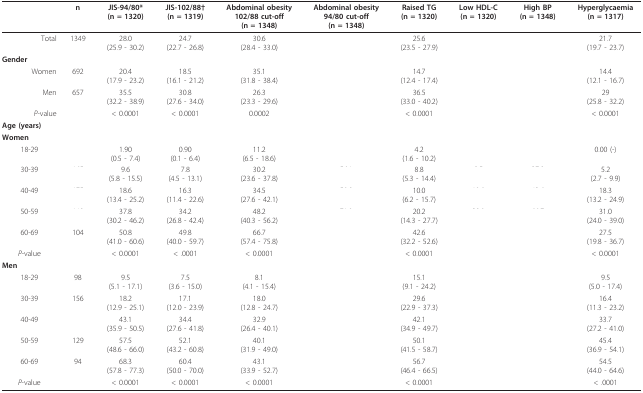
<table><thead><tr><td>[EMPTY_CELL]</td><td><b>n</b></td><td><b>JIS-94/80*(n = 1320)</b></td><td><b>JIS-102/88†(n = 1319)</b></td><td><b>Abdominal obesity 102/88 cut-off(n = 1348)</b></td><td><b>Abdominal obesity94/80 cut-off(n = 1348)</b></td><td><b>Raised TG(n = 1320)</b></td><td><b>Low HDL-C(n = 1320)</b></td><td><b>High BP(n = 1348)</b></td><td><b>Hyperglycaemia(n = 1317)</b></td></tr></thead><tbody><tr><td>Total</td><td>1349</td><td>28.0(25.9 - 30.2)</td><td>24.7(22.7 - 26.8)</td><td>30.6(28.4 - 33.0)</td><td>[EMPTY_CELL]</td><td>25.6(23.5 - 27.9)</td><td>[EMPTY_CELL]</td><td>[EMPTY_CELL]</td><td>21.7(19.7 - 23.7)</td></tr><tr><td><b>Gender</b></td><td>[EMPTY_CELL]</td><td>[EMPTY_CELL]</td><td>[EMPTY_CELL]</td><td>[EMPTY_CELL]</td><td>[EMPTY_CELL]</td><td>[EMPTY_CELL]</td><td>[EMPTY_CELL]</td><td>[EMPTY_CELL]</td><td>[EMPTY_CELL]</td></tr><tr><td>Women</td><td>692</td><td>20.4(17.9 - 23.2)</td><td>18.5(16.1 - 21.2)</td><td>35.1(31.8 - 38.4)</td><td>[EMPTY_CELL]</td><td>14.7(12.4 - 17.4)</td><td>[EMPTY_CELL]</td><td>[EMPTY_CELL]</td><td>14.4(12.1 - 16.7)</td></tr><tr><td>Men</td><td>657</td><td>35.5(32.2 - 38.9)</td><td>30.8(27.6 - 34.0)</td><td>26.3(23.3 - 29.6)</td><td>[EMPTY_CELL]</td><td>36.5(33.0 - 40.2)</td><td>[EMPTY_CELL]</td><td>[EMPTY_CELL]</td><td>29(25.8 - 32.2)</td></tr><tr><td><i>P</i>-value</td><td>[EMPTY_CELL]</td><td>&lt; 0.0001</td><td>&lt; 0.0001</td><td>0.0002</td><td>[EMPTY_CELL]</td><td>&lt; 0.0001</td><td>[EMPTY_CELL]</td><td>[EMPTY_CELL]</td><td>&lt; 0.0001</td></tr><tr><td><b>Age (years)</b></td><td>[EMPTY_CELL]</td><td>[EMPTY_CELL]</td><td>[EMPTY_CELL]</td><td>[EMPTY_CELL]</td><td>[EMPTY_CELL]</td><td>[EMPTY_CELL]</td><td>[EMPTY_CELL]</td><td>[EMPTY_CELL]</td><td>[EMPTY_CELL]</td></tr><tr><td><b>Women</b></td><td>[EMPTY_CELL]</td><td>[EMPTY_CELL]</td><td>[EMPTY_CELL]</td><td>[EMPTY_CELL]</td><td>[EMPTY_CELL]</td><td>[EMPTY_CELL]</td><td>[EMPTY_CELL]</td><td>[EMPTY_CELL]</td><td>[EMPTY_CELL]</td></tr><tr><td>18-29</td><td>[EMPTY_CELL]</td><td>1.90(0.5 - 7.4)</td><td>0.90(0.1 - 6.4)</td><td>11.2(6.5 - 18.6)</td><td>[EMPTY_CELL]</td><td>4.2(1.6 - 10.2)</td><td>[EMPTY_CELL]</td><td>[EMPTY_CELL]</td><td>0.00 (-)</td></tr><tr><td>30-39</td><td>[EMPTY_CELL]</td><td>9.6(5.8 - 15.5)</td><td>7.8(4.5 - 13.1)</td><td>30.2(23.6 - 37.8)</td><td>[EMPTY_CELL]</td><td>8.8(5.3 - 14.4)</td><td>[EMPTY_CELL]</td><td>[EMPTY_CELL]</td><td>5.2(2.7 - 9.9)</td></tr><tr><td>40-49</td><td>[EMPTY_CELL]</td><td>18.6(13.4 - 25.2)</td><td>16.3(11.4 - 22.6)</td><td>34.5(27.6 - 42.1)</td><td>[EMPTY_CELL]</td><td>10.0(6.2 - 15.7)</td><td>[EMPTY_CELL]</td><td>[EMPTY_CELL]</td><td>18.3(13.2 - 24.9)</td></tr><tr><td>50-59</td><td>[EMPTY_CELL]</td><td>37.8(30.2 - 46.2)</td><td>34.2(26.8 - 42.4)</td><td>48.2(40.3 - 56.2)</td><td>[EMPTY_CELL]</td><td>20.2(14.3 - 27.7)</td><td>[EMPTY_CELL]</td><td>[EMPTY_CELL]</td><td>31.0(24.0 - 39.0)</td></tr><tr><td>60-69</td><td>104</td><td>50.8(41.0 - 60.6)</td><td>49.8(40.0 - 59.7)</td><td>66.7(57.4 - 75.8)</td><td>[EMPTY_CELL]</td><td>42.6(32.2 - 52.6)</td><td>[EMPTY_CELL]</td><td>[EMPTY_CELL]</td><td>27.5(19.8 - 36.7)</td></tr><tr><td><i>P</i>-value</td><td>[EMPTY_CELL]</td><td>&lt; 0.0001</td><td>&lt; .0001</td><td>&lt; 0.0001</td><td>[EMPTY_CELL]</td><td>&lt; 0.0001</td><td>[EMPTY_CELL]</td><td>[EMPTY_CELL]</td><td>&lt; 0.0001</td></tr><tr><td><b>Men</b></td><td>[EMPTY_CELL]</td><td>[EMPTY_CELL]</td><td>[EMPTY_CELL]</td><td>[EMPTY_CELL]</td><td>[EMPTY_CELL]</td><td>[EMPTY_CELL]</td><td>[EMPTY_CELL]</td><td>[EMPTY_CELL]</td><td>[EMPTY_CELL]</td></tr><tr><td>18-29</td><td>98</td><td>9.5(5.1 - 17.1)</td><td>7.5(3.6 - 15.0)</td><td>8.1(4.1 - 15.4)</td><td>[EMPTY_CELL]</td><td>15.1(9.1 - 24.2)</td><td>[EMPTY_CELL]</td><td>[EMPTY_CELL]</td><td>9.5(5.0 - 17.4)</td></tr><tr><td>30-39</td><td>156</td><td>18.2(12.9 - 25.1)</td><td>17.1(12.0 - 23.9)</td><td>18.0(12.8 - 24.7)</td><td>[EMPTY_CELL]</td><td>29.6(22.9 - 37.3)</td><td>[EMPTY_CELL]</td><td>[EMPTY_CELL]</td><td>16.4(11.3 - 23.2)</td></tr><tr><td>40-49</td><td>[EMPTY_CELL]</td><td>43.1(35.9 - 50.5)</td><td>34.4(27.6 - 41.8)</td><td>32.9(26.4 - 40.1)</td><td>[EMPTY_CELL]</td><td>42.1(34.9 - 49.7)</td><td>[EMPTY_CELL]</td><td>[EMPTY_CELL]</td><td>33.7(27.2 - 41.0)</td></tr><tr><td>50-59</td><td>129</td><td>57.5(48.6 - 66.0)</td><td>52.1(43.2 - 60.8)</td><td>40.1(31.9 - 49.0)</td><td>[EMPTY_CELL]</td><td>50.1(41.5 - 58.7)</td><td>[EMPTY_CELL]</td><td>[EMPTY_CELL]</td><td>45.4(36.9 - 54.1)</td></tr><tr><td>60-69</td><td>94</td><td>68.3(57.8 - 77.3)</td><td>60.4(50.0 - 70.0)</td><td>43.1(33.9 - 52.7)</td><td>[EMPTY_CELL]</td><td>56.7(46.4 - 66.5)</td><td>[EMPTY_CELL]</td><td>[EMPTY_CELL]</td><td>54.5(44.0 - 64.6)</td></tr><tr><td><i>P</i>-value</td><td>[EMPTY_CELL]</td><td>&lt; 0.0001</td><td>&lt; 0.0001</td><td>&lt; 0.0001</td><td>[EMPTY_CELL]</td><td>&lt; 0.0001</td><td>[EMPTY_CELL]</td><td>[EMPTY_CELL]</td><td>&lt; .0001</td></tr></tbody></table>